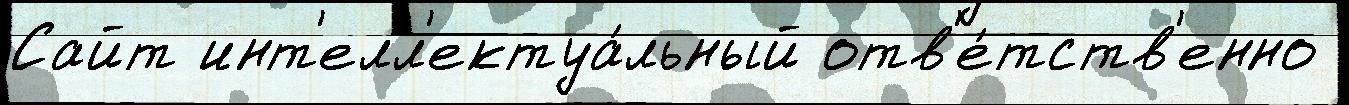
Сайт инт'елл'ектуа́льный отв'е́тств'енно